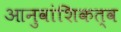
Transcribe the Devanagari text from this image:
आनुवांशिकत्व